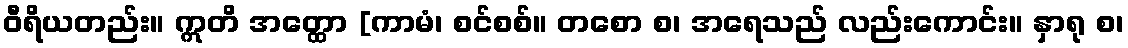
ဝီရိယတည်း။ ဣတိ အတ္ထော [ကာမံ၊ စင်စစ်။ တစော စ၊ အရေသည် လည်းကောင်း။ နှာရု စ၊